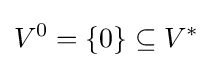
V^{0}=\{0\}\subseteq V^{*}